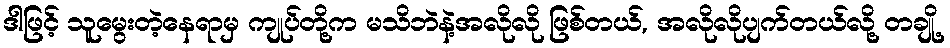
ဒါဖြင့် သူမွေးတဲ့နေရာမှ ကျုပ်တို့က မသိဘဲနဲ့အလိုလို ဖြစ်တယ်, အလိုလိုပျက်တယ်လို့ တချို့